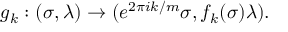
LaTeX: g _ { k } : ( \sigma , \lambda ) \rightarrow ( e ^ { 2 \pi i k / m } \sigma , f _ { k } ( \sigma ) \lambda ) .